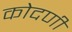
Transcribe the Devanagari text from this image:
कोदणी